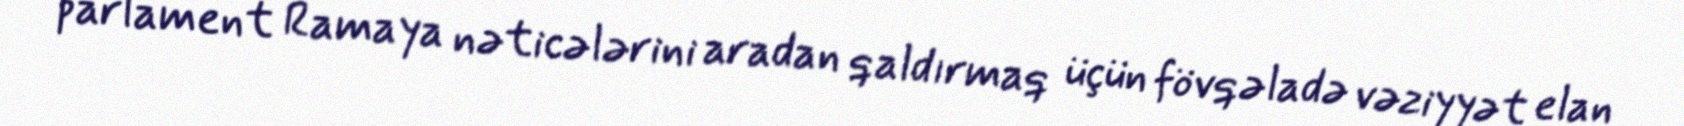
parlament Ramaya nəticələrini aradan qaldırmaq üçün fövqəladə vəziyyət elan